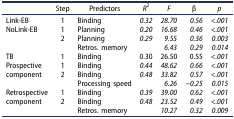
<table><thead><tr><td><b> </b></td><td><b>Step</b></td><td><b>Predictors</b></td><td><b><i>R</i><sup>2</sup></b></td><td><b><i>F</i></b></td><td><b>β</b></td><td><b><i>p</i></b></td></tr></thead><tbody><tr><td>Link-EB</td><td>1</td><td>Binding</td><td><i>0.32</i></td><td><i>28.70</i></td><td><i>0.56</i></td><td><i>&lt;.001</i></td></tr><tr><td>NoLink-EB</td><td>1</td><td>Planning</td><td><i>0.20</i></td><td><i>16.68</i></td><td><i>0.46</i></td><td><i>&lt;.001</i></td></tr><tr><td> </td><td>2</td><td>Planning</td><td><i>0.29</i></td><td><i>9.55</i></td><td><i>0.36</i></td><td><i>0.003</i></td></tr><tr><td> </td><td> </td><td>Retros. memory</td><td> </td><td><i>6.43</i></td><td><i>0.29</i></td><td><i>0.014</i></td></tr><tr><td>TB</td><td>1</td><td>Binding</td><td>0.30</td><td>26.50</td><td>0.55</td><td><i>&lt;.001</i></td></tr><tr><td>Prospective</td><td>1</td><td>Binding</td><td><i>0.44</i></td><td><i>48.62</i></td><td><i>0.66</i></td><td><i>&lt;.001</i></td></tr><tr><td>component</td><td>2</td><td>Binding</td><td><i>0.48</i></td><td><i>33.82</i></td><td><i>0.57</i></td><td><i>&lt;.001</i></td></tr><tr><td> </td><td> </td><td>Processing speed</td><td> </td><td><i>6.26</i></td><td><i>−0.25</i></td><td><i>0.015</i></td></tr><tr><td>Retrospective</td><td>1</td><td>Binding</td><td><i>0.39</i></td><td><i>39.00</i></td><td><i>0.62</i></td><td><i>&lt;.001</i></td></tr><tr><td>component</td><td>2</td><td>Binding</td><td><i>0.48</i></td><td><i>23.52</i></td><td><i>0.49</i></td><td><i>&lt;.001</i></td></tr><tr><td> </td><td> </td><td>Retros. memory</td><td> </td><td><i>10.27</i></td><td><i>0.32</i></td><td><i>0.009</i></td></tr></tbody></table>